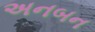
અનબન